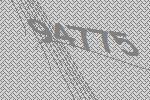
94775